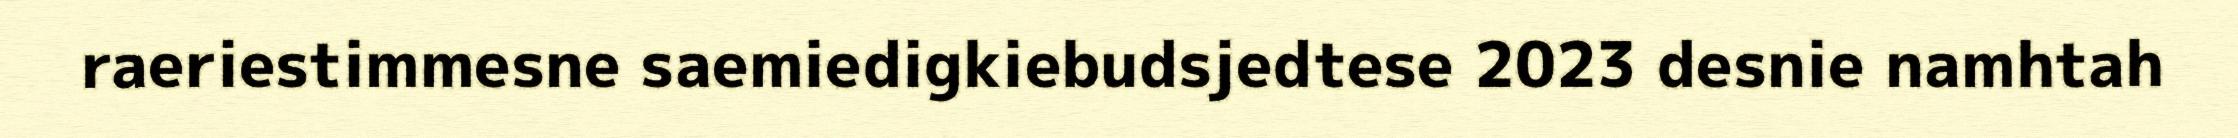
raeriestimmesne saemiedigkiebudsjedtese 2023 desnie namhtah